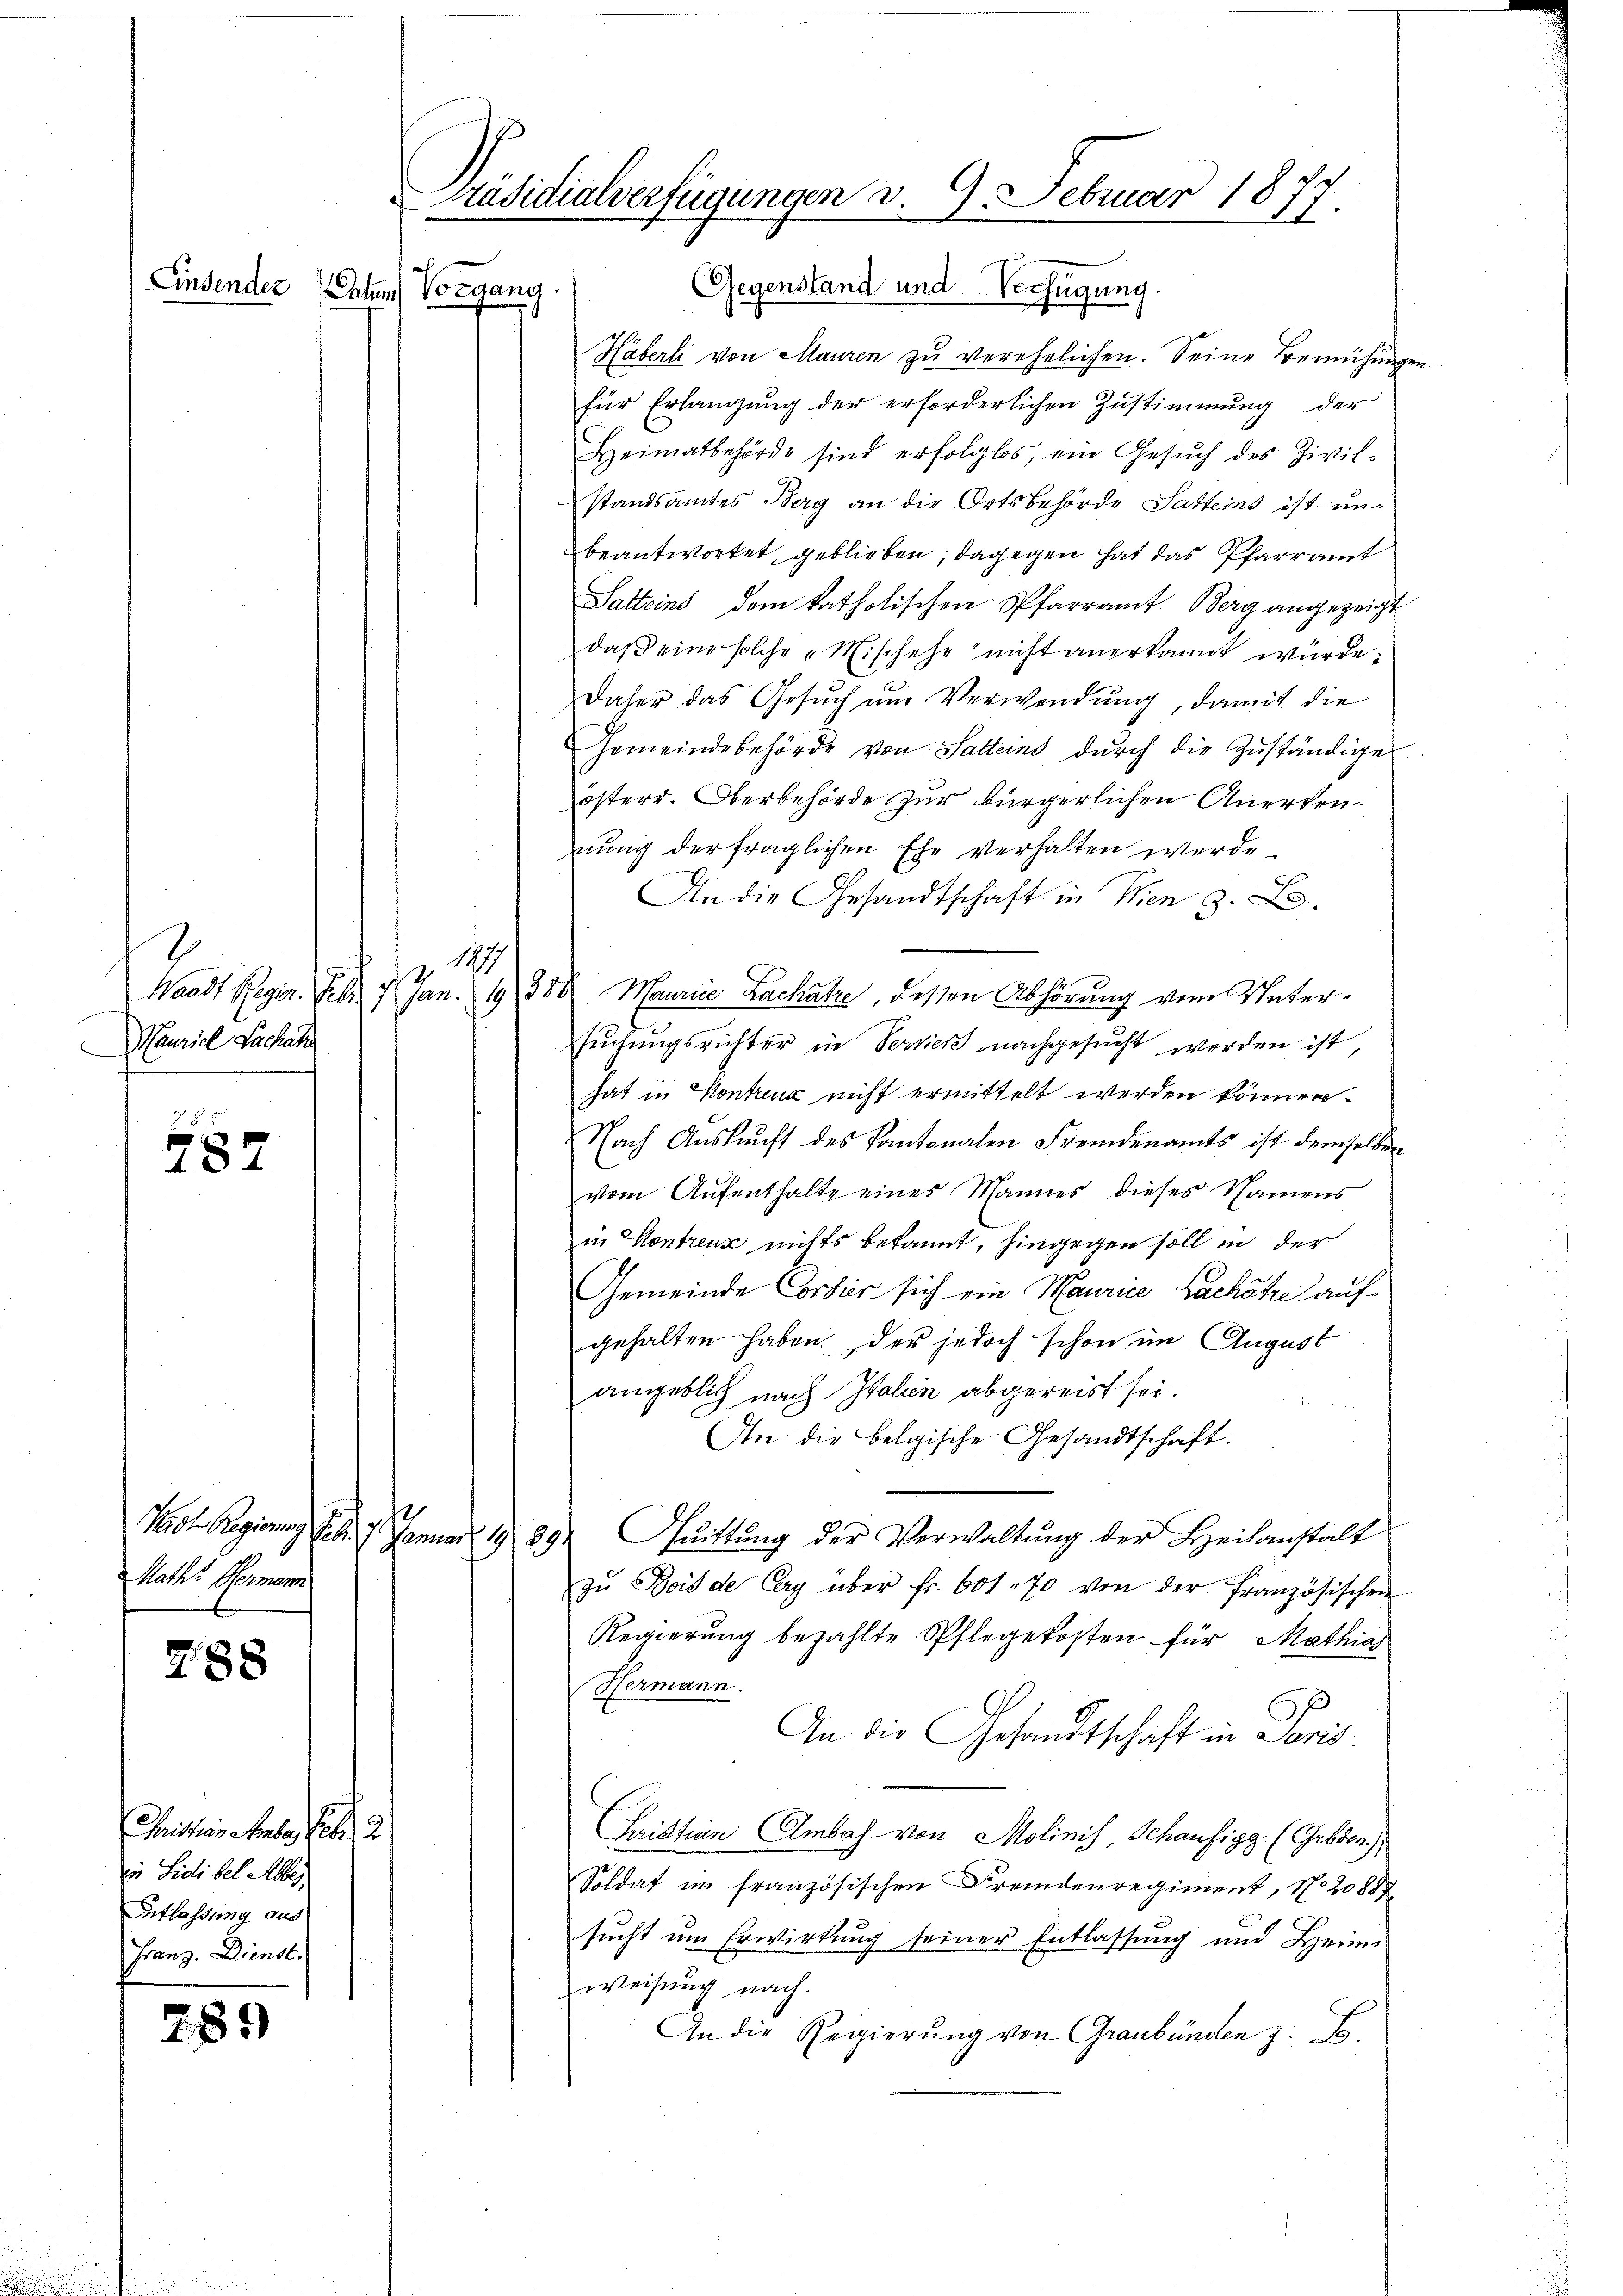
2
Meurie Pachate

zu
787

Raths Hermann

788

Mithan Stube, et 2
iinen Lidibel Alber
Entlassung aus
Franz. Dienst.

7.89

räsidialverfügungen v. 9. Februar 1877.
as
Gegenstand und Verfügung.
Einsender Cohem Vorgang.

Häberli von Mauren zu verehelichen. Seine Bemühungen
für Erlangung der erforderlichen Zustimmung der
Heimatbehörde sind erfolglos, ein Gesŭch des Zivil-
standsamtes Berg an die Ortsbehörde Satteins ist unbeantwortet, geblieben; dagegen hat das Pfarramt
Satteins dem katholischen Pfarramt Berg angezeicht
daß eine solche Mischehe nicht anerkannt wurde.
daher das Gesŭch ŭm Verwendung, damit die
Gemeindebehörde von Salleins durch die Zuständige
österr. Oberbehörde zur bürgerlichen Anerdennung der fraglichen Ehe verhalten werde.
An die Gesandtschaft in Wien z. L
z. 189
Waadt Regier. Febr. 1 Jan. 19388 Maurie Lachatz, dessen Abhörung vom Untersuchungsrichter in Verkes nachgesucht worden ist,
hat in Kontreng nicht ermittelt werden können.
Nach Aŭskŭnft des Kantonalen Fremdenamts ist demselben
vom Aufenthalte eines Mannes dieses Namens
in Kontreux nichts bekannt, hingegen soll in der
Gemeinde Corbis sich ein Maurice Lachätze aufgehalten haben, der jedoch schon im August
angeblich nach Italien abgereist sei.
An die belgische Gesandtschaft.
1
Karl Regierung Febr. 7. Januar 19. 294 Cuittung der Verwaltung der Heilanstalt
zŭ Bois de Cay über fr. 601. 70 von der französischen
Regierung bezahlte Pflegekosten für Mathias
Hermann.
An die Gesandtschaft in Paris
Juristian Ambach von Molinis, Schaufigg (Grbden)
Soldat im französischen Fremdenregiment, No 20887
sucht um Erwirkung seiner Entlassung und Heimweisung nach.
An die Regierung von Graubünden z. B.